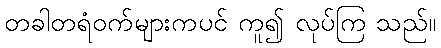
တခါတရံဝက်များကပင် ကူ၍ လုပ်ကြ သည်။